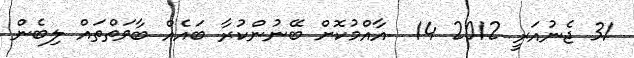
31 ޖެނުއަރީ 2012 14  އާއްމުކޮށް ބޭނުންކުރާ ބައެއް ބާވަތްތައް ލިބެން